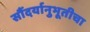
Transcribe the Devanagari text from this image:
सौंदर्यानुभूतीचा